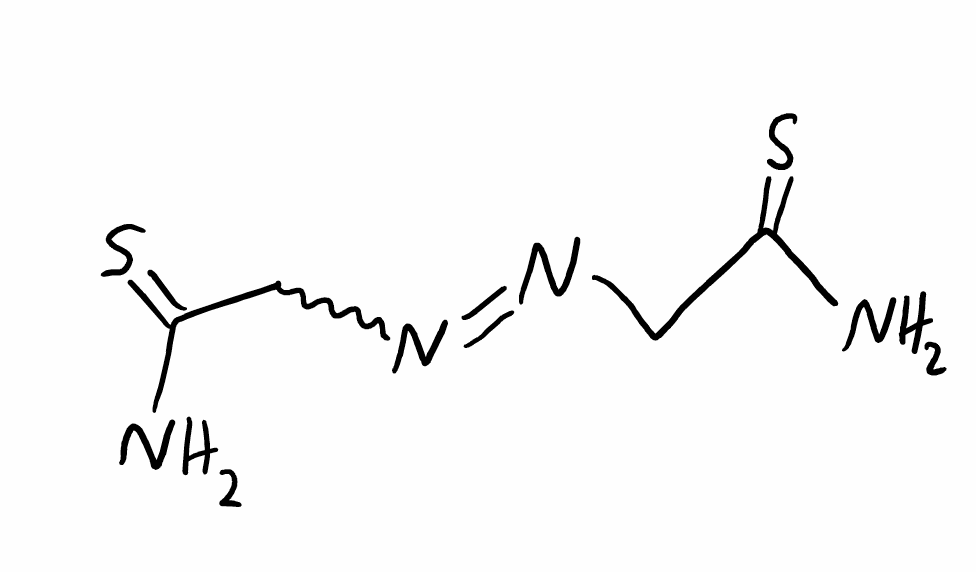
Simplified molecular-input line-entry system (SMILES) notation of the given molecule:
C(C(=S)N)N=NCC(=S)N